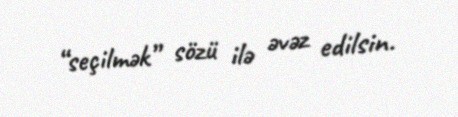
“seçilmək” sözü ilə əvəz edilsin.